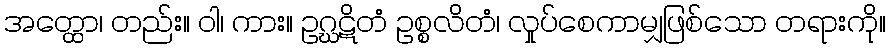
အတ္ထော၊ တည်း။ ဝါ၊ ကား။ ဥဂ္ဃဋိတံ ဥစ္စလိတံ၊ လှုပ်စေကာမျှဖြစ်သော တရားကို။